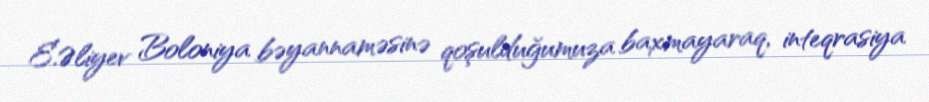
E.Əliyev Boloniya bəyannaməsinə qoşulduğumuza baxmayaraq, inteqrasiya